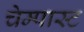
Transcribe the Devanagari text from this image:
चेम्पास्ट